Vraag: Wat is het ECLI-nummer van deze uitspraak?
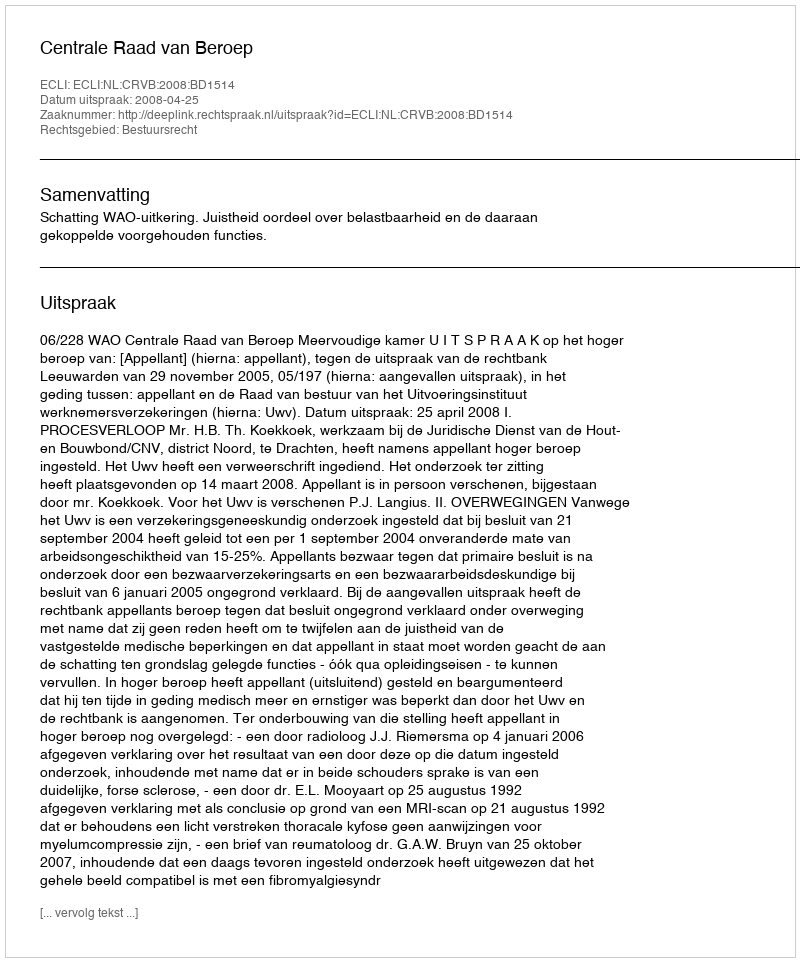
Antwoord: ECLI:NL:CRVB:2008:BD1514